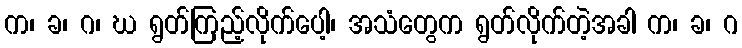
က၊ ခ၊ ဂ၊ ဃ ရွတ်ကြည့်လိုက်ပေါ့၊ အသံတွေက ရွတ်လိုက်တဲ့အခါ က၊ ခ၊ ဂ